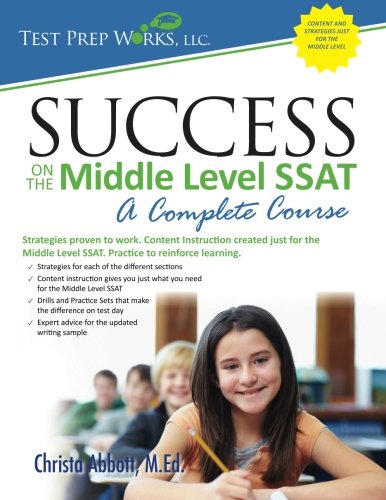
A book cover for Success on the Middle Level SSAT: A Complete Course; Christa B Abbott M.Ed.; Test Preparation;